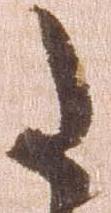
た